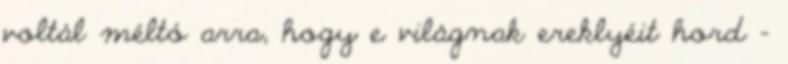
voltál méltó arra, hogy e világnak ereklyéit hord –